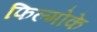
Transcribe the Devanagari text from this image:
फिल्मोके